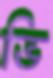
ভি